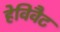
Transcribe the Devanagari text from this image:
हेविवैट